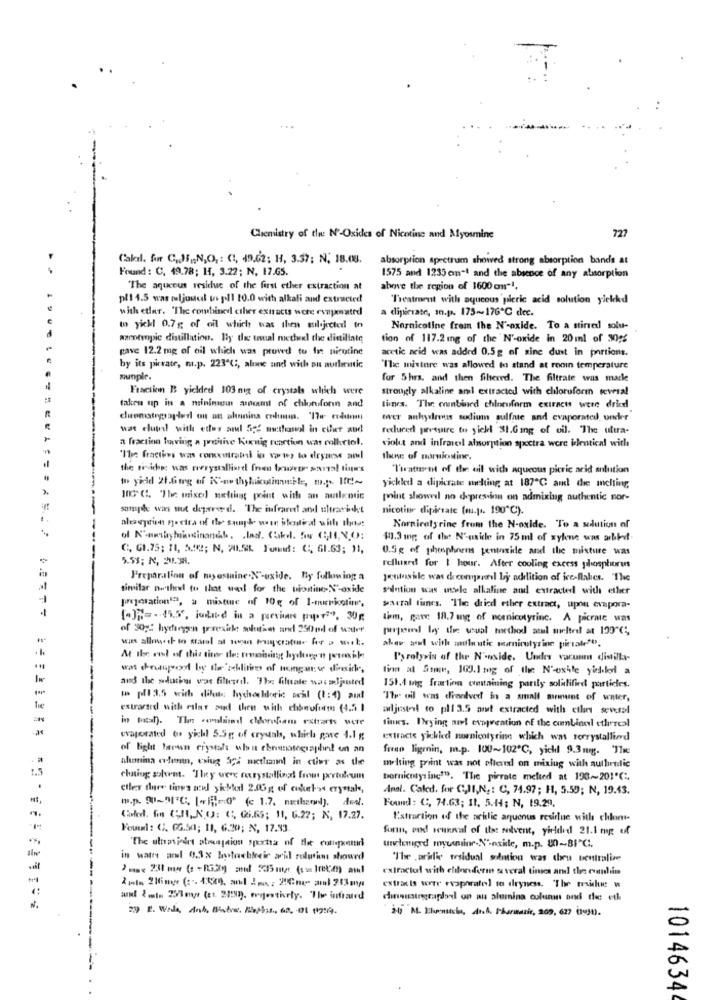
727
Chemistry of the N'-Oxides of Nicotine and Myosmine
Caledl. for C.JF ., N,O ,: (1, 49.62; H, 3.37; N, 18.08. absorption spectrum showed strong absorption bands at
Found : C. 49.78; 14, 3.22; N. 17.65.
1575 and 1235 cmn"t and the absence of any atssorption
"The aqueous residue of the first ether extraction at
above the region of 1600 on-1.
pl1 4.5 was meljuucd is pl1 10.0 with alkali and extracted
'Treatment with aqueous pleric acid solution ylekkd
with etler. "The combined cther extracts wore evnjutrd
a dipirate, mn.p. 175 ~~ 176℃ dec.
to yickl 0.7g of oil which was then sul.jected to
Nornicotine from the N'-oxide. To a stirred solu-
azeotropic distillation. Bly de toual metudl the distillate
tion of 117.2 ing of the N'-oxide in 20ml of 3095
gave 12.2 mg of oil which was prowd to fit nicotine
acetic acid was added 0.5g of wine dust in portions.
by its picrate, m.p. 223℃ :, alone and with an authentic
"The mixture was allowed to stand at ronin temperature
suple.
for 5hrs, and then filtered. The filtrate was marke
Fraction B yielded 103 nig of crystals which were
strongly alkaline aml extracted with chloruforin several
taken up in a minimum amount of chlorforn and
times. The combined chloroform extracts were dried
Over anhydrous sodium sulfate and evaporated, under
wat clute with eder and Sige methanol in einer and
reclurer pressure to sick $1.Ging of oil. "The ultra-
a fraction loving a positive Konig reaction was colkrtel.
violet and infravedl absorption spectra were identical with
'Ile fractie was comentrati in varwy to dryness sul
Ilone of narniostine.
the tische: was reerysslliard fren Ixweer sosyal tinw's
Treatment of the uil with aqueous picric acid solution
yickled a dipcrate melting at 187℃ and the melting
100 ℃. "The mixed metting point with an malemic
pint shownel no depression on admixing authentic nor-
sample was nut depared. The infrared and ultracikt
nicotine dipicrate (ou.[ .. 190℃).
= = =
Nornicelyrine from the N-oxide. To a solution of
11.3 mg of the N'oxide in 75ml of xylene was abbot-
C. G1.75; 11, 544; N. 20.56 Found: (1, 61.63; 11,
0.5g of phosphorus peninside and the misture was
5.53; N. 2.38.
refluxed for 1 hour. After cooling excess phosphorus
Preparation of myesmine.N'-oxide. By following a
Juntos ile was decenyaardl by addition of ice-flakes. The
similar netheel to that weil for the biostine-N'-oxide
solution was wele alkaline and extracted with ether
preparation' ?, a mixture of 10g of I-musicolin,
Sacral fines. "The dried ether extract, upon evapora-
lem, gave 18.7 ing of nornicotyrinc. A picrae was
of 30g2 hythegen praesiche solutim and 250ml of water
prepared by the wual method seul melted at 199"℃ ;,
was allowed to stand at som brugerator for a wit.
aker al with antle utic surirutyrine pirate"".
I'> rolyris of the N'aside. Under vacuum distilla-
lim at Some, 163.1 mg of the N'existe yodlad a
and the sduties wat filteril. The filate was sljussted
151.4 mag fraction containing partly solidified particles.
w pf 3,5 wich difenc hychechloric ochl (1: 4) and
"The oil was drontver! in a small mrmunt of water,
extracted with cular and then with chbroforms (4.5
adjusted to pli 3.5 aiut extracted with cilar several
=
in total). The .adlisedl clorofiam estrarts were
fines, Drying art evapreation of the continel ethereal
evaporated os yickl 5.5g of crydals, which gore 4.1 g;
extracto yichied nornicotyrine which was recrystallied
of light faren crystals ulu ehrentographe! un an
freno ligrnin, m.p. 100~102℃, yich 9.3 mygg. "The
ahonina coleman, csiug 5;2 micthanol in cuier as the
1.5
melting point was not placed on mixing with authentic
chaing solvent. They veer marystallings from portoleum
bernicetyring?". The pirate melted at 193 ~~ 201'℃.
eller der tines sul yithal 2.00gt of codeto crystal,
Anal. Caled. for CJI,N .: C, 74.97; H, 5.50; N, 19.43.
m.p. 901-91"℃. [-mo' (c 1.7. nætheyl). Awal.
Found: C, 74.63; 11. 5.44; N, 19.29.
Color. fo CHI, NO: (, Gi.65; 11, 6.27; N, 17.27.
Extraction of the acidic aqueous residue with chlor-
Fourni: C. GG.50; 11, 6.20; N, 17.93
finn, ond seunmal of that solvent, yieldedl 21.1 mg of
-
The ulmmieet aboujaion spectra of the component
uncleged myumine-N'-nske, m.p. 80-81"℃.
in watre and 0.3% bytechlecie ari solution showed
"The ,acidic residual solution was thru bentralive
extractof with eldonderm several times and the evenhin
2 mln 2Hinge ( :-. 1529, and 2ps: 26ng aml 203mg
extra is weer evaphratel to dryness. "The trsichue w
and &este 2571 me (ct. 2258]). wegjestively. "The infosurd
disusinggrapdal on mu alumina colunin ond the eth
2-10 M. Klemscia, And. Pharmazie, 209, 627 (0)1).
1014634